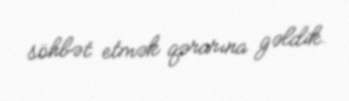
söhbət etmək qərarına gəldik.